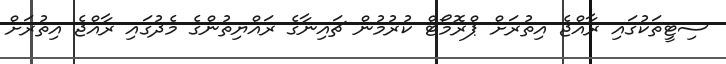
ސިޓީތަކުގައި ރާއްޖެ އިތުރަށް ޕްރޮމޯޓް ކުރުމުން ޗައިނާގެ ރައްޔިތުންގެ މެދުގައި ރާއްޖެ އިތުރަށް